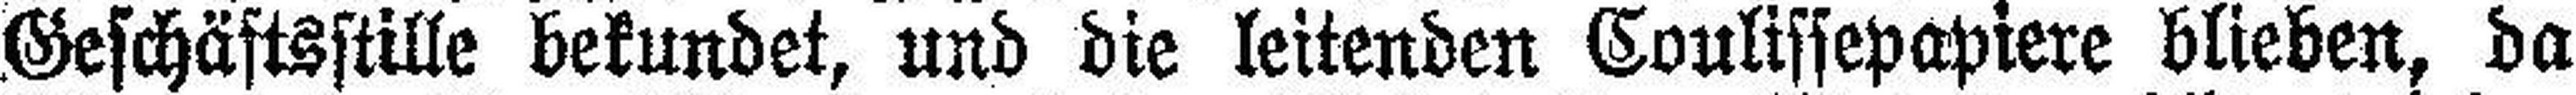
Geschäftsstille bekundet, und die leitenden Coulissepapiere blieben, da